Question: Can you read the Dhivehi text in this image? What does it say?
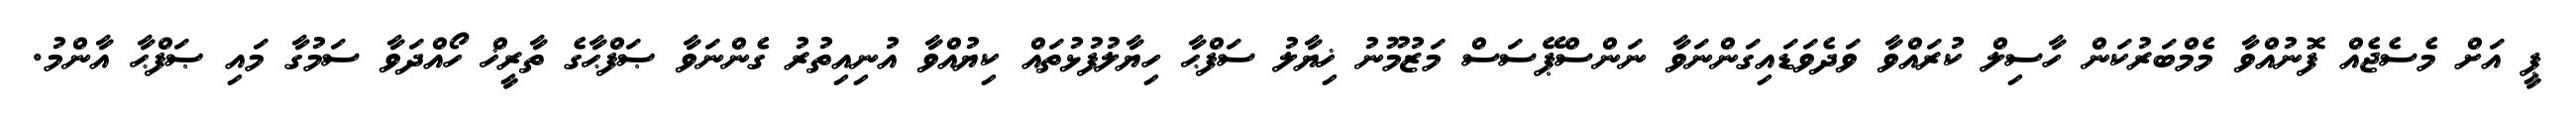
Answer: ޕީ އަށް މެސެޖެއް ފޮނުއްވާ މެމްބަރުކަން ހާސިލް ކުރައްވާ ވަދެވަޑައިގަންނަވާ ނަންސްޕޭސަސް މަޒުމޫނު ޚިޔާލު ސަފްޙާ ހިޔާލުފުޅުތައް ކިޔުއްވާ އުނިއިތުރު ގެންނަވާ ޞަފްޙާގެ ތާރީޚް ހޯއްދަވާ ސަމުގާ މައި ޞަފްޙާ އާންމު.